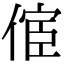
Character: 𠋪